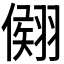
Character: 𦑤